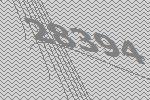
28394